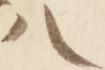
八